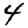
Digit: 4